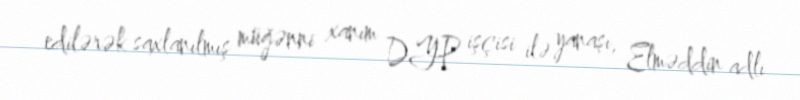
edilərək saxlanılmış müğənni xanım DYP işçisi ilə yanaşı, Elməddin adlı